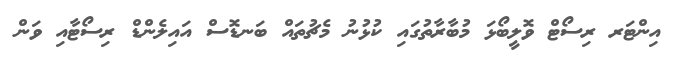
އިންޓަރ ރިސޯޓް ވޮލީބޯޅަ މުބާރާތުގައި ކުޅުނު މެޗުތައް ބަނޑޮސް އައިލެންޑް ރިސޯޓާއި ވަން